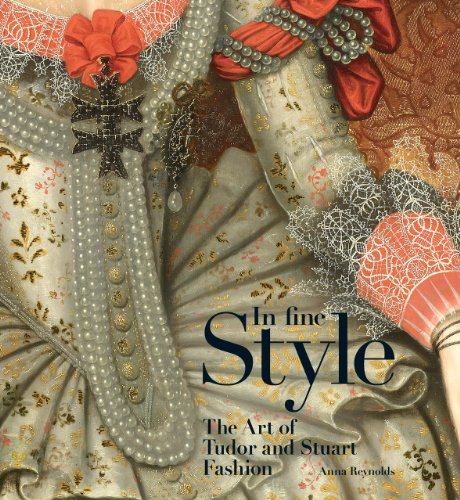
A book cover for In Fine Style: The Art of Tudor and Stuart Fashion; Anna Reynolds; Arts & Photography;